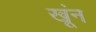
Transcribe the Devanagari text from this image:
खूंन